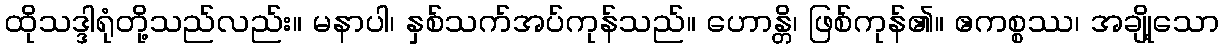
ထိုသဒ္ဒါရုံတို့သည်လည်း။ မနာပါ၊ နှစ်သက်အပ်ကုန်သည်။ ဟောန္တိ၊ ဖြစ်ကုန်၏။ ဧကစ္စဿ၊ အချို့သော